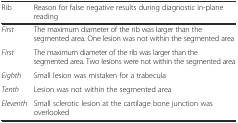
| Rib | Reason for false negative results during diagnostic in-plane reading |
 | --- | --- |
 | First | The maximum diameter of the rib was larger than the segmented area. One lesion was not within the segmented area |
 | First | The maximum diameter of the rib was larger than the segmented area. Two lesions were not within the segmented area |
 | Eighth | Small lesion was mistaken for a trabecula |
 | Tenth | Lesion was not within the segmented area |
 | Eleventh | Small sclerotic lesion at the cartilage bone junction was overlooked |